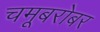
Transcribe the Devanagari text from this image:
चमूबरोबर